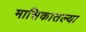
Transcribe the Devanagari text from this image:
मासिकातल्या